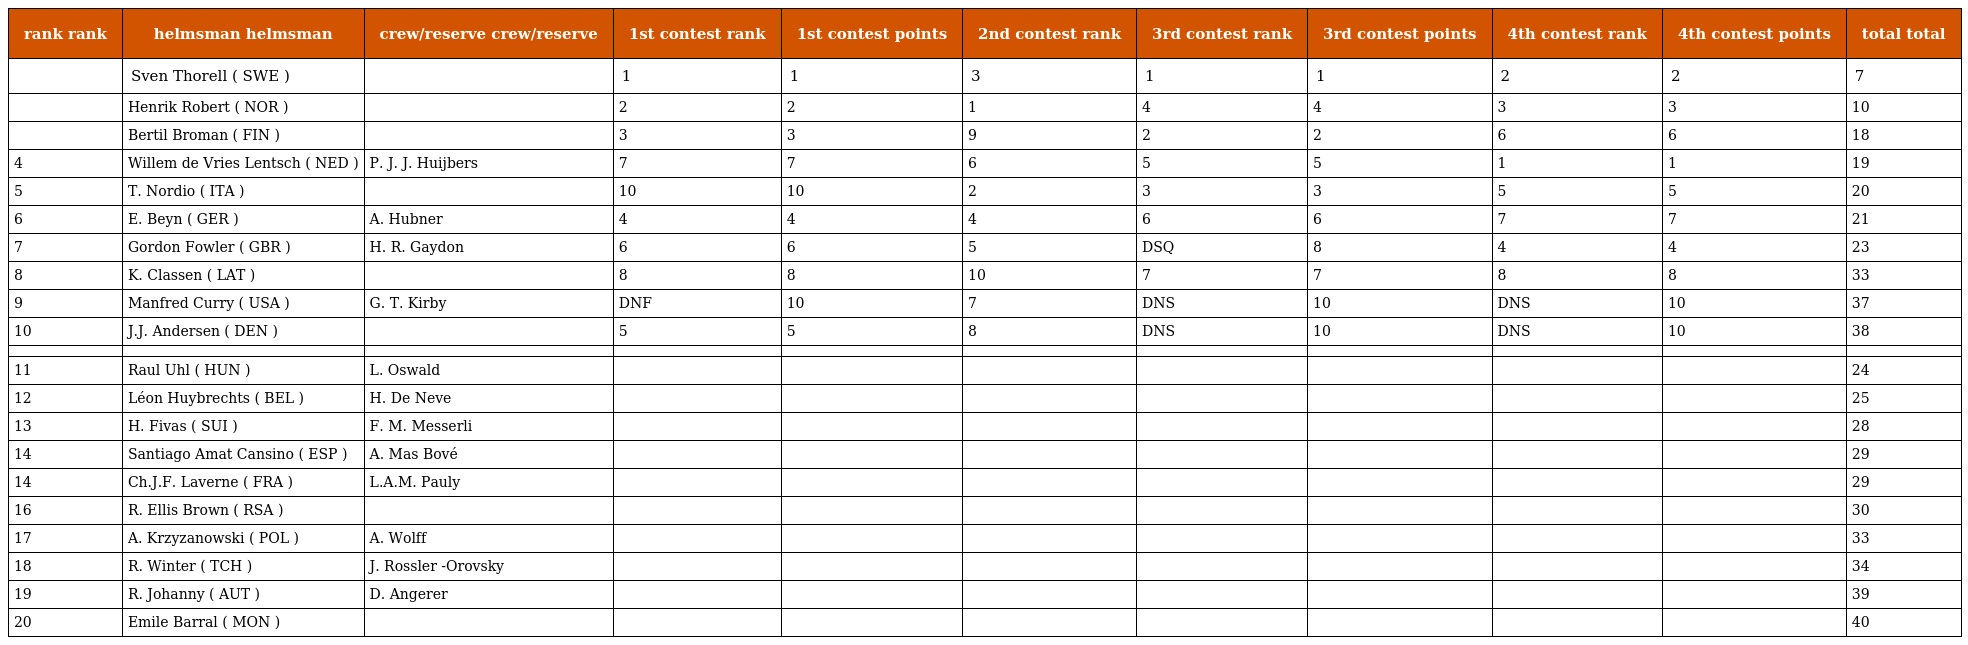
| rank rank | helmsman helmsman | crew/reserve crew/reserve | 1st contest rank | 1st contest points | 2nd contest rank | 3rd contest rank | 3rd contest points | 4th contest rank | 4th contest points | total total |
 | --- | --- | --- | --- | --- | --- | --- | --- | --- | --- | --- |
 |  | Sven Thorell ( SWE ) |  | 1 | 1 | 3 | 1 | 1 | 2 | 2 | 7 |
 |  | Henrik Robert ( NOR ) |  | 2 | 2 | 1 | 4 | 4 | 3 | 3 | 10 |
 |  | Bertil Broman ( FIN ) |  | 3 | 3 | 9 | 2 | 2 | 6 | 6 | 18 |
 | 4 | Willem de Vries Lentsch ( NED ) | P. J. J. Huijbers | 7 | 7 | 6 | 5 | 5 | 1 | 1 | 19 |
 | 5 | T. Nordio ( ITA ) |  | 10 | 10 | 2 | 3 | 3 | 5 | 5 | 20 |
 | 6 | E. Beyn ( GER ) | A. Hubner | 4 | 4 | 4 | 6 | 6 | 7 | 7 | 21 |
 | 7 | Gordon Fowler ( GBR ) | H. R. Gaydon | 6 | 6 | 5 | DSQ | 8 | 4 | 4 | 23 |
 | 8 | K. Classen ( LAT ) |  | 8 | 8 | 10 | 7 | 7 | 8 | 8 | 33 |
 | 9 | Manfred Curry ( USA ) | G. T. Kirby | DNF | 10 | 7 | DNS | 10 | DNS | 10 | 37 |
 | 10 | J.J. Andersen ( DEN ) |  | 5 | 5 | 8 | DNS | 10 | DNS | 10 | 38 |
 |  |  |  |  |  |  |  |  |  |  |  |
 | 11 | Raul Uhl ( HUN ) | L. Oswald |  |  |  |  |  |  |  | 24 |
 | 12 | Léon Huybrechts ( BEL ) | H. De Neve |  |  |  |  |  |  |  | 25 |
 | 13 | H. Fivas ( SUI ) | F. M. Messerli |  |  |  |  |  |  |  | 28 |
 | 14 | Santiago Amat Cansino ( ESP ) | A. Mas Bové |  |  |  |  |  |  |  | 29 |
 | 14 | Ch.J.F. Laverne ( FRA ) | L.A.M. Pauly |  |  |  |  |  |  |  | 29 |
 | 16 | R. Ellis Brown ( RSA ) |  |  |  |  |  |  |  |  | 30 |
 | 17 | A. Krzyzanowski ( POL ) | A. Wolff |  |  |  |  |  |  |  | 33 |
 | 18 | R. Winter ( TCH ) | J. Rossler -Orovsky |  |  |  |  |  |  |  | 34 |
 | 19 | R. Johanny ( AUT ) | D. Angerer |  |  |  |  |  |  |  | 39 |
 | 20 | Emile Barral ( MON ) |  |  |  |  |  |  |  |  | 40 |